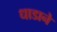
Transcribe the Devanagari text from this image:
धाडाने